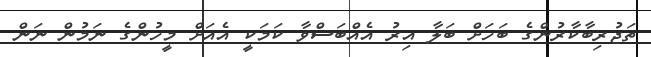
ތަޖުރިބާކާރުންގެ ބަހަށް ބަލާ އިރު އެއްބަސްވާ ކަމަކީ އެއަށް މީހުންގެ ނަމުން ނަން